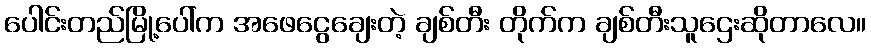
ပေါင်းတည်မြို့ပေါ်က အဖေငွေချေးတဲ့ ချစ်တီး တိုက်က ချစ်တီးသူဌေးဆိုတာလေ။